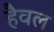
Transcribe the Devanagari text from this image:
हैवल